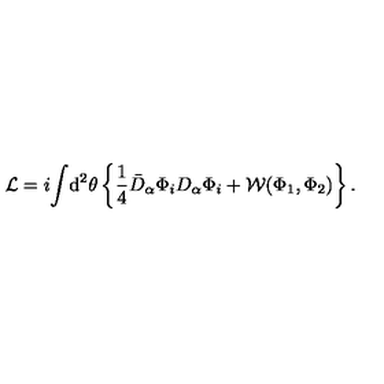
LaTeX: { \cal L } = i \! \int \! \mathrm { d } ^ { 2 } \theta \left\{ \frac { 1 } { 4 } \bar { D } _ { \alpha } \Phi _ { i } D _ { \alpha } \Phi _ { i } + { \cal W } ( \Phi _ { 1 } , \Phi _ { 2 } ) \right\} .